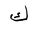
Letter: _kaf